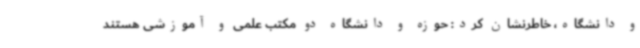
و دانشگاه، خاطرنشان کرد: حوزه و دانشگاه دو مکتب علمی و آموزشی هستند